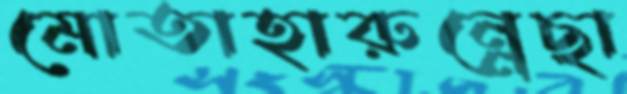
মোতাহারুন্নেছা